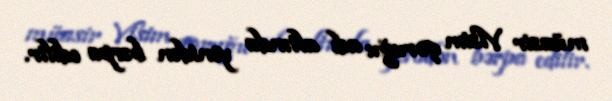
müasir Visim qoruğu adı altında yenidən bərpa edilir.